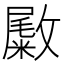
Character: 𪯚